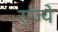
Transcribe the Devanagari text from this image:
रा़ज्ये